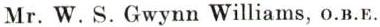
Mr. W. S. Gwynn Williams, O.B.E.